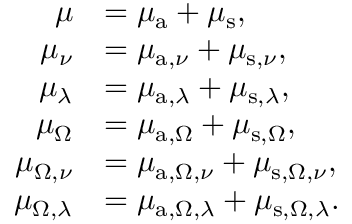
{ \begin{array} { r l } { \mu } & { = \mu _ { \mathrm { a } } + \mu _ { \mathrm { s } } , } \\ { \mu _ { \nu } } & { = \mu _ { \mathrm { a } , \nu } + \mu _ { \mathrm { s } , \nu } , } \\ { \mu _ { \lambda } } & { = \mu _ { \mathrm { a } , \lambda } + \mu _ { \mathrm { s } , \lambda } , } \\ { \mu _ { \Omega } } & { = \mu _ { \mathrm { a } , \Omega } + \mu _ { \mathrm { s } , \Omega } , } \\ { \mu _ { \Omega , \nu } } & { = \mu _ { \mathrm { a } , \Omega , \nu } + \mu _ { \mathrm { s } , \Omega , \nu } , } \\ { \mu _ { \Omega , \lambda } } & { = \mu _ { \mathrm { a } , \Omega , \lambda } + \mu _ { \mathrm { s } , \Omega , \lambda } . } \end{array} }